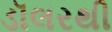
ડૉલરથી